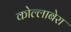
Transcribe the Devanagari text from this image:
कोल्लाबेरा